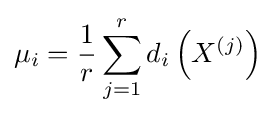
\mu _{i}={\frac {1}{r}}\sum _{j=1}^{r}d_{i}\left(X^{(j)}\right)